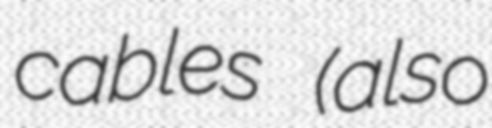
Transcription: cables (also